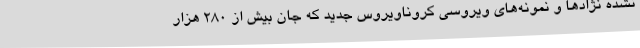
نشده نژادها و نمونه‌های ویروسی کروناویروس جدید که جان بیش از 280 هزار